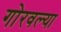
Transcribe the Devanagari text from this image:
गोरवल्या